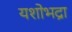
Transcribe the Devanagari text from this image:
यशोभद्रा